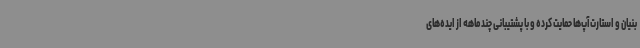
‌بنیان و استارت‌آپ‌ها حمایت کرده و با پشتیبانی چندماهه از ایده‌های